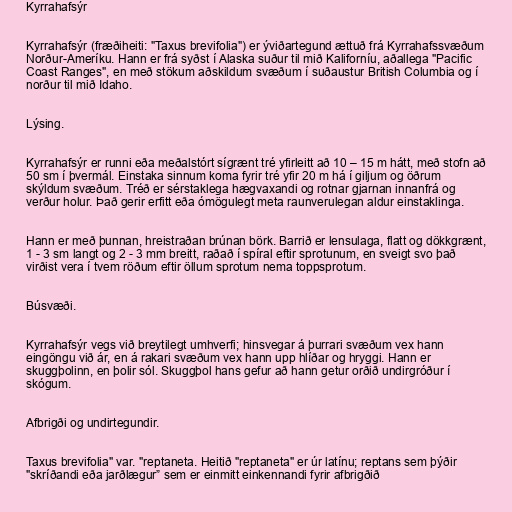
Kyrrahafsýr

Kyrrahafsýr (fræðiheiti: "Taxus brevifolia") er ýviðartegund ættuð frá Kyrrahafssvæðum
Norður-Ameríku. Hann er frá syðst í Alaska suður til mið Kaliforníu, aðallega "Pacific
Coast Ranges", en með stökum aðskildum svæðum í suðaustur British Columbia og í
norður til mið Idaho.

Lýsing.

Kyrrahafsýr er runni eða meðalstórt sígrænt tré yfirleitt að 10 – 15 m hátt, með stofn að
50 sm í þvermál. Einstaka sinnum koma fyrir tré yfir 20 m há í giljum og öðrum
skýldum svæðum. Tréð er sérstaklega hægvaxandi og rotnar gjarnan innanfrá og
verður holur. Það gerir erfitt eða ómögulegt meta raunverulegan aldur einstaklinga.

Hann er með þunnan, hreistraðan brúnan börk. Barrið er lensulaga, flatt og dökkgrænt,
1 - 3 sm langt og 2 - 3 mm breitt, raðað í spíral eftir sprotunum, en sveigt svo það
virðist vera í tvem röðum eftir öllum sprotum nema toppsprotum.

Búsvæði.

Kyrrahafsýr vegs við breytilegt umhverfi; hinsvegar á þurrari svæðum vex hann
eingöngu við ár, en á rakari svæðum vex hann upp hlíðar og hryggi. Hann er
skuggþolinn, en þolir sól. Skuggþol hans gefur að hann getur orðið undirgróður í
skógum.

Afbrigði og undirtegundir.

Taxus brevifolia" var. "reptaneta. Heitið "reptaneta" er úr latínu; reptans sem þýðir
"skríðandi eða jarðlægur” sem er einmitt einkennandi fyrir afbrigðið